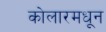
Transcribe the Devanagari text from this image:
कोलारमधून